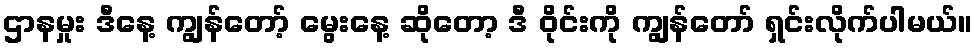
ဌာနမှုး ဒီနေ့ ကျွန်တော့် မွေးနေ့ ဆိုတော့ ဒီ ဝိုင်းကို ကျွန်တော် ရှင်းလိုက်ပါမယ်။